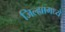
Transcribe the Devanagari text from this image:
जिल्‍ह्यामध्‍ये